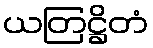
ယတြဋ္ဌိတံ